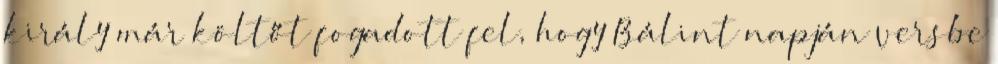
király már költőt fogadott fel, hogy Bálint napján versbe